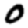
Digit: 0